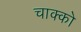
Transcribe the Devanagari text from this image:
चाक्को